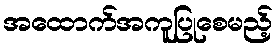
အထောက်အကူပြုစေမည့်